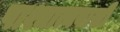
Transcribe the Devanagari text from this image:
पाश्चात्यवासी